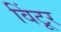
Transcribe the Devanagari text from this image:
विंटूर